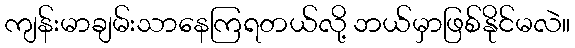
ကျန်းမာချမ်းသာနေကြရတယ်လို့ ဘယ်မှာဖြစ်နိုင်မလဲ။